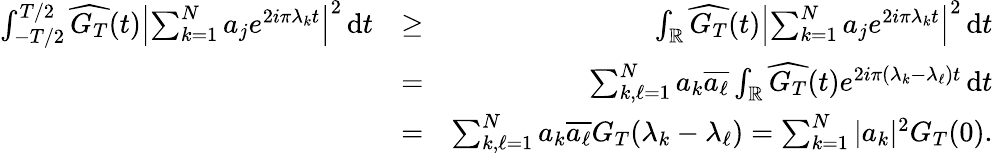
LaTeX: \begin{array}{rlr}{\int_{-T/2}^{T/2}\widehat{G_{T}}(t){\left|{\sum_{k=1}^{N}a_{j}e^{2i\pi\lambda_{k}t}}\right|}^{2}\, \mathrm{d}t}&{\geq}&{\int_{{\mathbb{R}}}\widehat{G_{T}}(t){\left|{\sum_{k=1}^{N}a_{j}e^{2i\pi\lambda_{k}t}}\right|}^{2}\, \mathrm{d}t}\\ &{=}&{\sum_{k,\ell=1}^{N}a_{k}\overline{{a_{\ell}}}\int_{{\mathbb{R}}}\widehat{G_{T}}(t)e^{2i\pi(\lambda_{k}-\lambda_{\ell})t}\, \mathrm{d}t}\\ &{=}&{\sum_{k,\ell=1}^{N}a_{k}\overline{{a_{\ell}}}G_{T}(\lambda_{k}-\lambda_{\ell})=\sum_{k=1}^{N}|a_{k}|^{2}G_{T}(0).}\end{array}